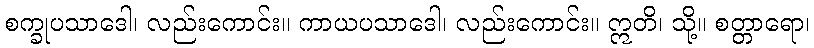
စက္ခုပသာဒေါ၊ လည်းကောင်း။ ကာယပသာဒေါ၊ လည်းကောင်း။ ဣတိ၊ သို့။ စတ္တာရော၊